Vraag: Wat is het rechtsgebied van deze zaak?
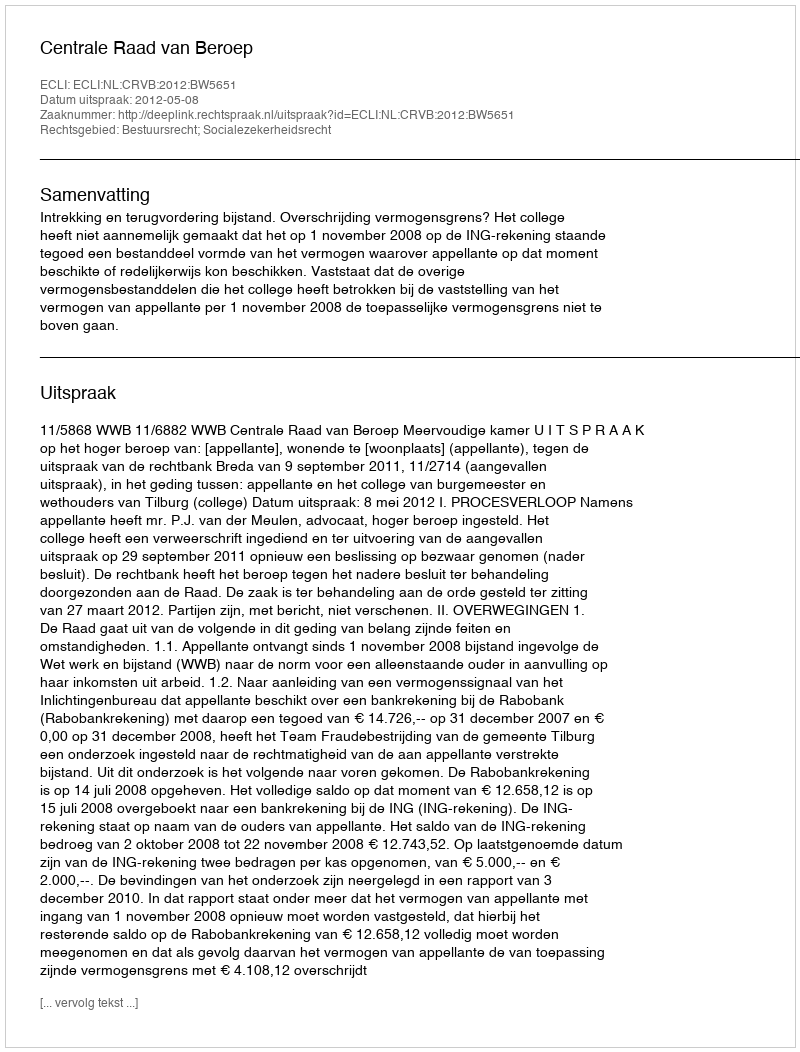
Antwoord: Bestuursrecht; Socialezekerheidsrecht